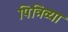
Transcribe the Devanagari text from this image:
पित्रिव्या